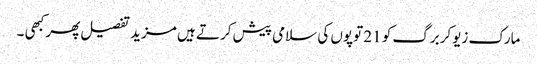
مارک زیوکربرگ کو 21 توپوں کی سلامی پیش کرتے ہیں مزید تفصیل پھر کبھی ۔